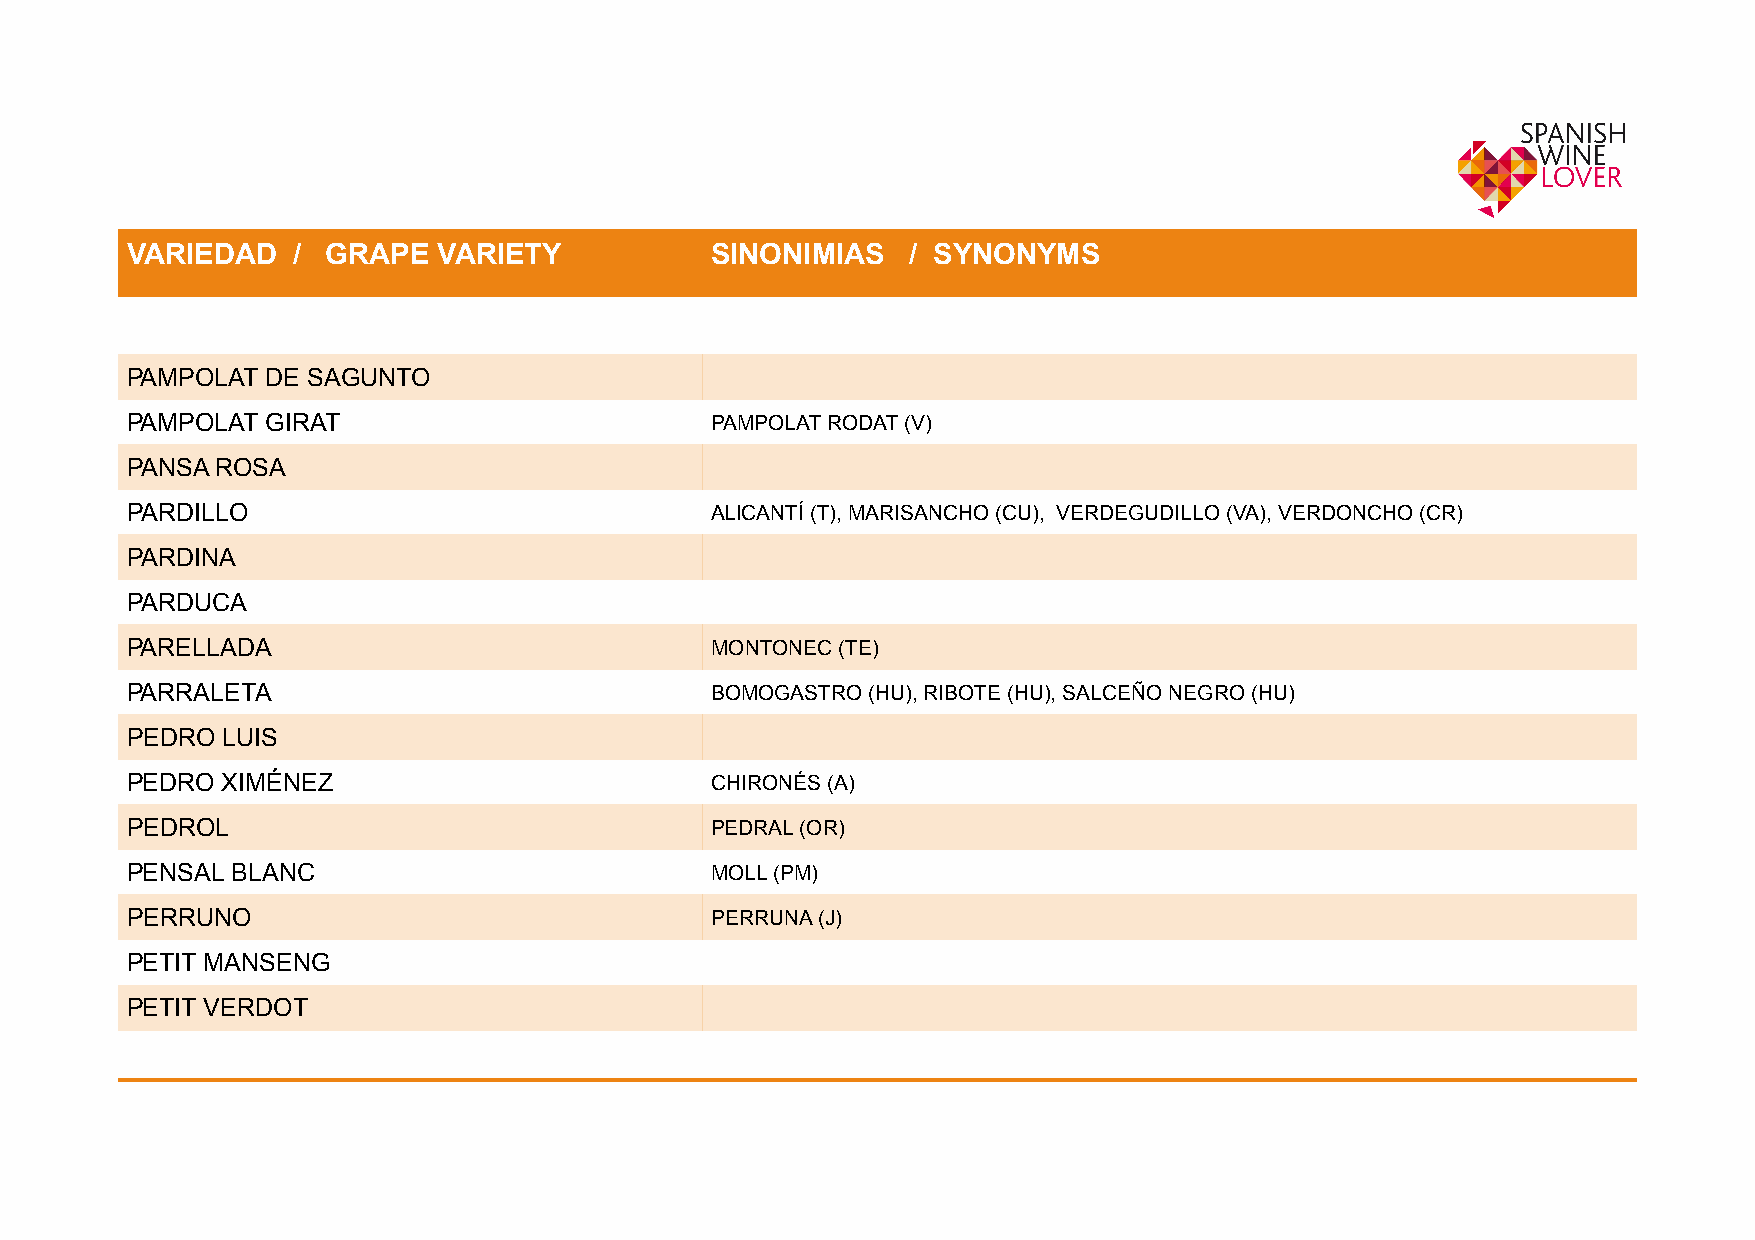
!                                                              ! !    !    !    !    !    !    !
 VARIEDAD   /  GRAPE  VARIETY           SINONIMIAS   / SYNONYMS
 PAMPOLAT  DE SAGUNTO
 PAMPOLAT  GIRAT                        PAMPOLAT RODAT (V)
 PANSA ROSA
 PARDILLO                               ALICANTÍ (T), MARISANCHO (CU), VERDEGUDILLO (VA), VERDONCHO (CR)
 PARDINA
 PARDUCA
 PARELLADA                              MONTONEC (TE)
 PARRALETA                              BOMOGASTRO (HU), RIBOTE (HU), SALCEÑO NEGRO (HU)
 PEDRO  LUIS
 PEDRO  XIMÉNEZ                         CHIRONÉS (A)
 PEDROL                                 PEDRAL (OR)
 PENSAL BLANC                           MOLL (PM)
 PERRUNO                                PERRUNA (J)
 PETIT MANSENG
 PETIT VERDOT